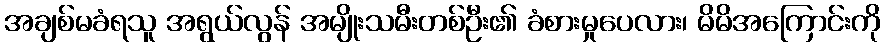
အချစ်မခံရသူ အရွယ်လွန် အမျိုးသမီးတစ်ဦး၏ ခံစားမှုပေလား၊ မိမိအကြောင်းကို